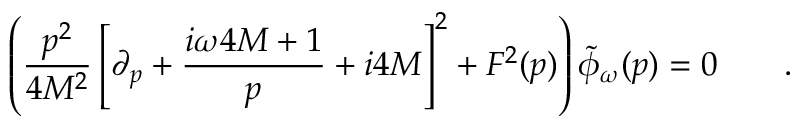
\left( { \frac { p ^ { 2 } } { 4 M ^ { 2 } } } \left[ \partial _ { p } + { \frac { i \omega 4 M + 1 } { p } } + i 4 M \right] ^ { 2 } + F ^ { 2 } ( p ) \right) \tilde { \phi } _ { \omega } ( p ) = 0 \qquad .